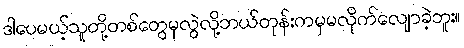
ဒါပေမယ့်သူတို့တစ်တွေမှလွဲလို့ဘယ်တုန်းကမှမလိုက်လျောခဲ့ဘူး။